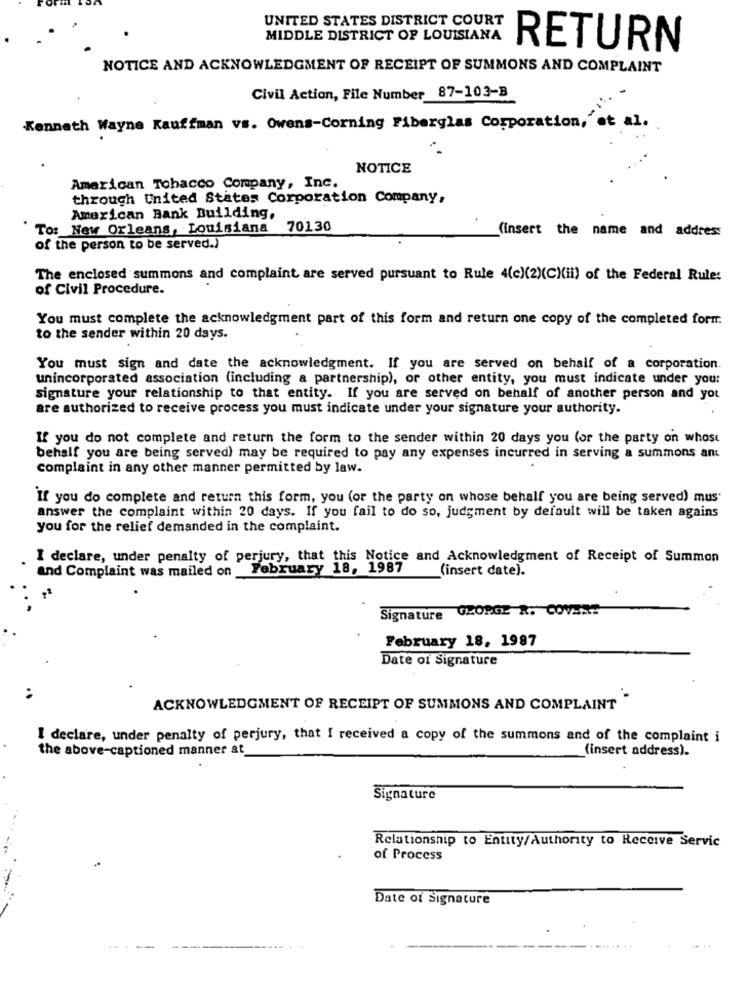
UNITED STATES DISTRICT COURT
MIDDLE DISTRICT OF LOUISIANA
RETURN
NOTICE AND ACKNOWLEDGMENT OF RECEIPT OF SUMMONS AND COMPLAINT
Civil Action, File Number 87-103-B
Kenneth Wayne Kauffman vs. Owens-Corning Fiberglas Corporation, et al.
NOTICE
American Tobacco Company, Inc.
through United States Corporation Company,
American Bank Building,
To: New Orleans, Louisiana
70130
(insert the name and address
of the person to be served.)
The enclosed summons and complaint are served pursuant to Rule 4(c)(2)(C)(ii) of the Federal Rule:
of Civil Procedure.
You must complete the acknowledgment part of this form and return one copy of the completed form.
to the sender within 20 days.
You must sign and date the acknowledgment. If you are served on behalf of a corporation.
unincorporated association (including a partnership), or other entity, you must indicate under you:
signature your relationship to that entity. If you are served on behalf of another person and yot
are authorized to receive process you must indicate under your signature your authority.
If you do not complete and return the form to the sender within 20 days you (or the party on whose
behalf you are being served) may be required to pay any expenses incurred in serving a summons ant
complaint in any other manner permitted by law.
If you do complete and return this form, you (or the party on whose behalf you are being served) mus
answer the complaint within 20 days. If you fail to do so, judgment by default will be taken agains
you for the relief demanded in the complaint.
I declare, under penalty of perjury, that this Notice and Acknowledgment of Receipt of Summon
February 18, 1987
(insert date).
and Complaint was mailed on
Signature GEORGE &. COVERS
February 18, 1997
Date of Signature
ACKNOWLEDGMENT OF RECEIPT OF SUMMONS AND COMPLAINT "
I declare, under penalty of perjury, that I received a copy of the summons and of the complaint i
the above-captioned manner at
(insert address).
Signature
Relationship to Entity/Authority to Receive Servic
of Process
Date of Signature
-----